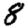
Digit: 8